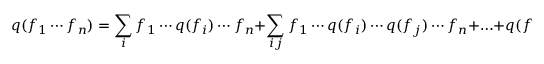
q ( f _ { 1 } \cdots f _ { n } ) = \sum _ { i } f _ { 1 } \cdots q ( f _ { i } ) \cdots f _ { n } + \sum _ { i j } f _ { 1 } \cdots q ( f _ { i } ) \cdots q ( f _ { j } ) \cdots f _ { n } + \ldots + q ( f _ { 1 } ) \cdots q ( f _ { n } )